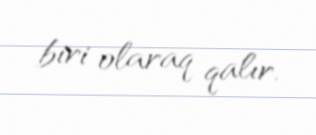
biri olaraq qalır.